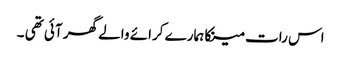
اس رات مینکا ہمارے کرائے والے گھر آئی تھی ۔